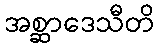
အစ္ဆာဒေသီတိ